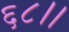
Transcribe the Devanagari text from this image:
६८।।